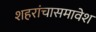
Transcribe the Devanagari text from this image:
शहरांचासमावेश